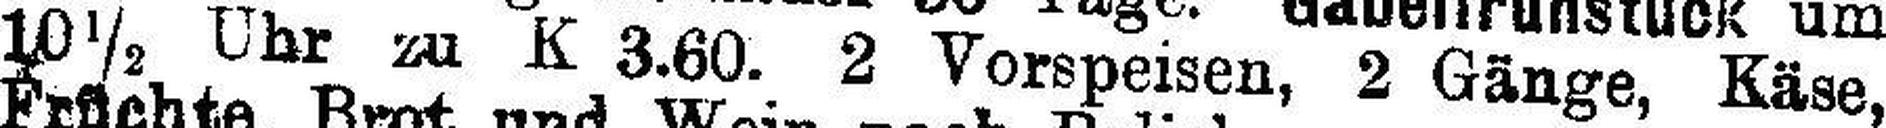
10½ Uhr zu K 3.60. 2 Vorspeisen, 2 Gänge, Käse,